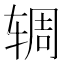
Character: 𫐏